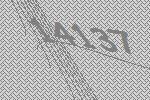
14137